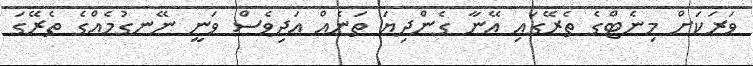
ވަރަކަށް މިނެޓްގެ ތެރޭގައި އޭނާ ގެންދިޔަ ތަނެއް އަދިވެސް ވަނީ ނޭނގުމެއްގެ ތެރޭގަ